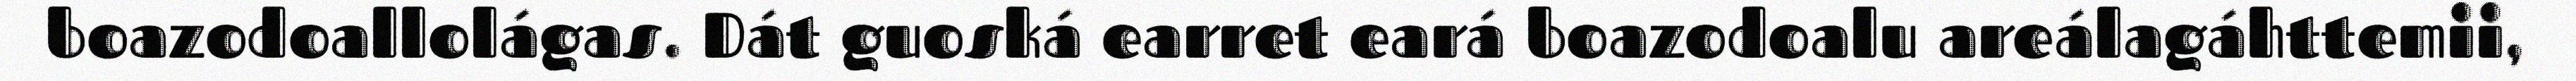
boazodoallolágas. Dát guoská earret eará boazodoalu areálagáhttemii,